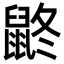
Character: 鼨